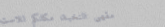
مقهى النخبة، مكانكم للاست